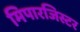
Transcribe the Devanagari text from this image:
मिपारजिस्टर